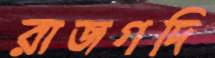
রাজগদি